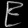
Digit: ၉